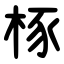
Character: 㭬